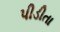
પીડીતા